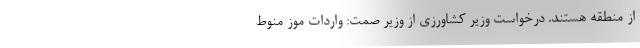
از منطقه هستند. درخواست وزیر کشاورزی از وزیر صمت: واردات موز منوط